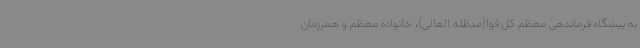
به پیشگاه فرماندهی معظم کل قوا(مدظله العالی)، خانواده معظم و همرزمان